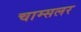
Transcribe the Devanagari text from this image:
चाम्सलर